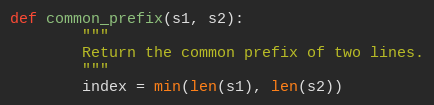
Language: Python
def common_prefix(s1, s2):
		"""
		Return the common prefix of two lines.
		"""
		index = min(len(s1), len(s2))